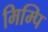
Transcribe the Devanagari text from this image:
मिम्पि